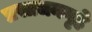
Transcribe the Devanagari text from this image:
प्रसाधनगृहे